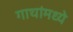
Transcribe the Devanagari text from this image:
गाथांमध्ये